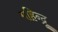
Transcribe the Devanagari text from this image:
महिन्द्रू